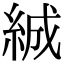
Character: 絾